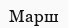
Марш